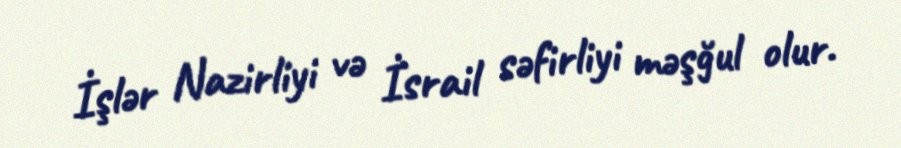
İşlər Nazirliyi və İsrail səfirliyi məşğul olur.